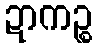
ဍာကဉ္စ